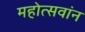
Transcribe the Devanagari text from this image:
महोत्सवांन